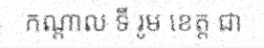
កណ្តាល ទី រូម ខេត្ត ជា